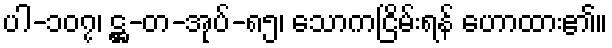
ပါ-၁၀၇၊ ဋ္ဌ-တ-အုပ်-၈၅၊ သောကငြိမ်းရန် ဟောထား၏။